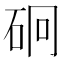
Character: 𥑎